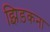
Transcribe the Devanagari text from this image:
झिड़कना